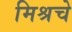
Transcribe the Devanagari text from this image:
मिश्रचे